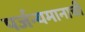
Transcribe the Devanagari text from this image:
पर्जन्यमानाची